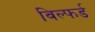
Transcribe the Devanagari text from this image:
विल्फर्ड